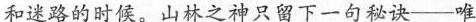
和迷路的时候。山林之神只留下一句秘诀--唯